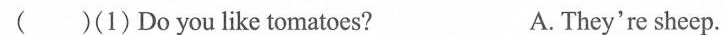
( )(1)Do you like tomatoes? A. They're sheep.